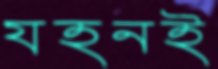
যহনই